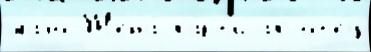
мало Жена́ ха́рт'иjах от'е́ц